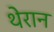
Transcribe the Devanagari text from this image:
थेरान